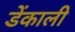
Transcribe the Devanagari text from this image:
डेंकाली